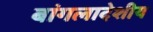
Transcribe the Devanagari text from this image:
बांगलादेशीय